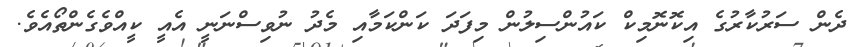
ދެން ސަރުކާރުގެ އިކޮނޮމިކް ކައުންސިލުން މިފަދަ ކަންކަމާއި މެދު ނުވިސްނަނީ އެއީ ކީއްވެގެންތޯއެވެ.